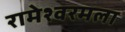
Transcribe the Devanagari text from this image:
रामेश्वरमला